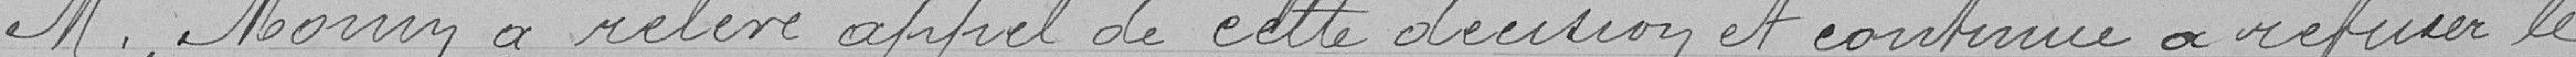
M.Monin a relevé appel de cette décision et continue à refuser le